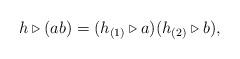
LaTeX: \begin{align*}h\triangleright (ab)=(h_{(1)} \triangleright a)(h_{(2)}\triangleright b) ,\end{align*}